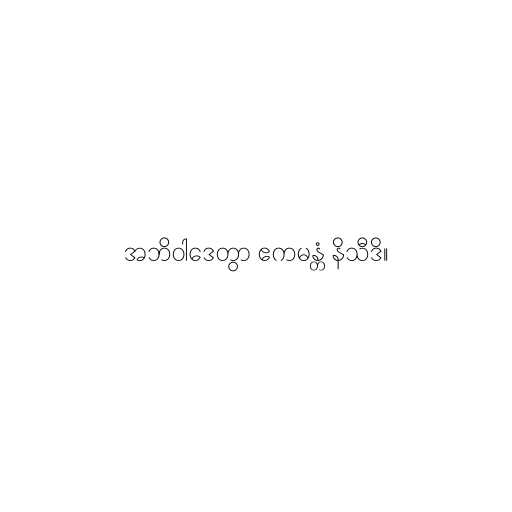
အဘိဝါဒေတွာ ဧကမန္တံ နိသီဒိ။